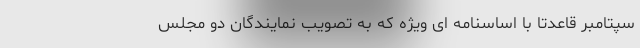
سپتامبر قاعدتا با اساسنامه ‌ای ویژه که به تصویب نمایندگان دو مجلس